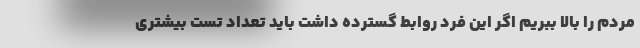
مردم را بالا ببریم اگر این فرد روابط گسترده داشت باید تعداد تست بیشتری